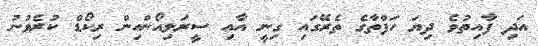
އަދި ފާއިތުވެ ދިޔަ ހަފްތާގެ ތެރޭގައި ގިނީ އާއި ސީރަލިއޯންއިން ރިކޯޑް ކުރެވުނު